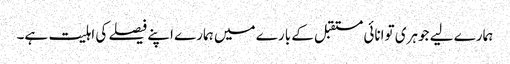
ہمارے لیے جوہری توانائی مستقبل کے بارے میں ہمارے اپنے فیصلے کی اہلیت ہے۔